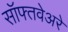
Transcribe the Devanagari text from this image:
सॉफ्तवेअरे